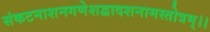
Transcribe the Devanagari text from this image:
संकटनाशनगणेशद्वादशनामस्तोत्रम्।।